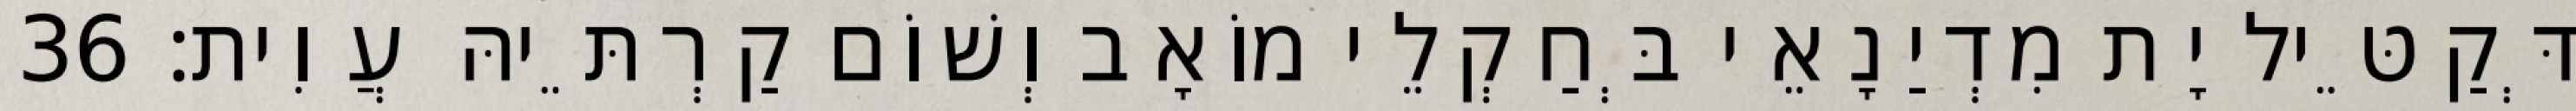
דְּקַטֵּיל יָת מִדְיַנָאֵי בְּחַקְלֵי מוֹאָב וְשׁוֹם קַרְתֵּיהּ עֲוִית׃ 36